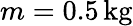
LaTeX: m=0.5\, \mathrm{kg}